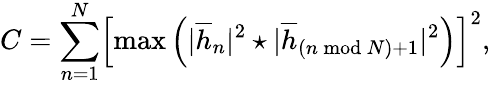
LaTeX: C=\sum_{n=1}^{N}\Bigl[\operatorname*{max}\left({|\overline{{h}}_{n}|^{2}\star|\overline{{h}}_{(n\bmod N)+1}|^{2}}\right)\Bigr]^{2},